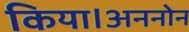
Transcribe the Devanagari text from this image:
किया।अननोन